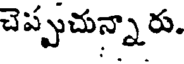
చెప్పుచున్నారు.